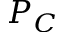
P _ { C }